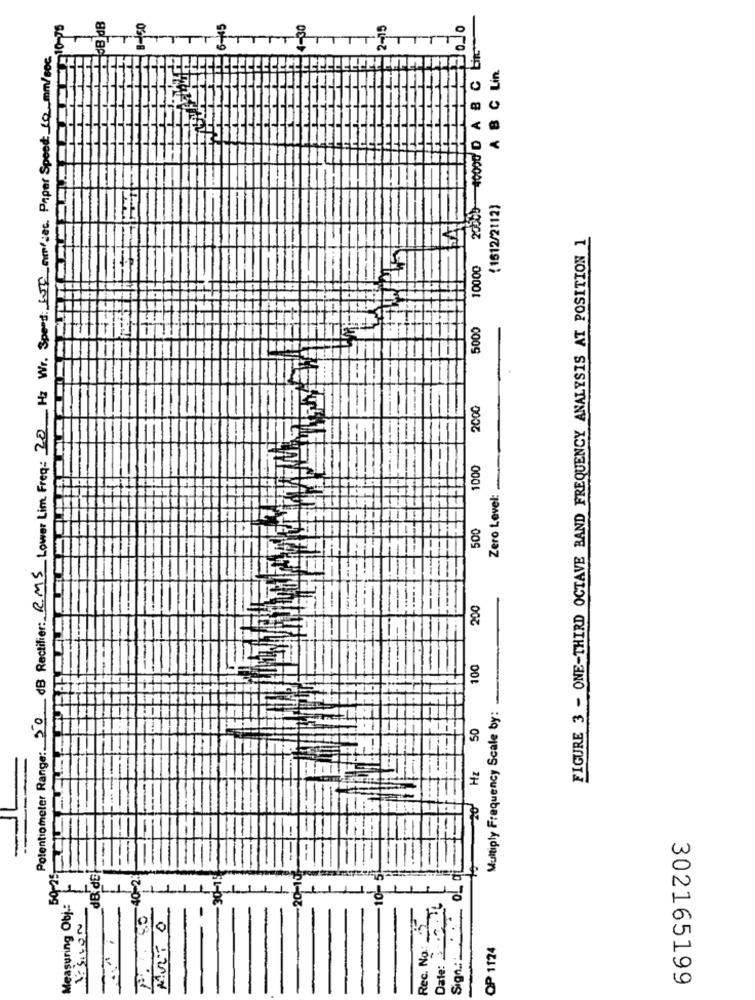
6-45
Potentiometer Range: 50 dB Rectifier: RMS Lower Lim. Freq: 20 Hz Wr. Speed: LF mm/sec. Paper Speed :_ 10 __ mm/sec
İnminimi
20509 40000 D A B C Lin
A B C Lin.
(1612/2112)
FIGURE 3 - ONE-THIRD OCTAVE BAND FREQUENCY ANALYSIS AT POSITION 1
10000
5000
2000
1000
Zero Level:
500
200
100
Multiply Frequency Scale by:
20' Hz 50
20-10
59-25
dBi de
-40-23
-30-15
10-
Measuring Obj .:
P.S. 80
Rec. No .:
Date: 3 -.
OP 1124
Sign .::
302165199